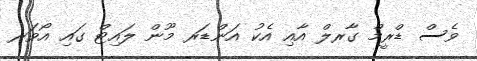
ވެސް ޑްރީމް ގާރލް އާއި އެކު އަންޑަރ މޫން ލައިޓް ގައި އޯވަރ